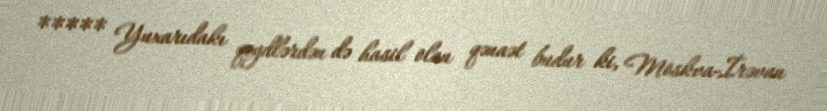
***** Yuxarıdakı qeydlərdən də hasil olan qənaət budur ki, Moskva-İrəvan